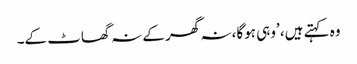
وہ کہتے ہیں، ’وہی ہوگا، نہ گھر کے نہ گھاٹ کے۔